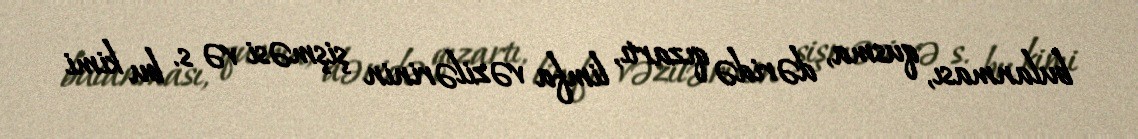
bulanması, qusma, dəridə qızartı, limfa vəzilərinin şişməsi və s. bu kimi